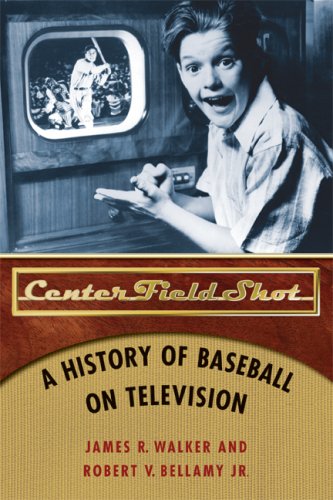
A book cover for Center Field Shot: A History of Baseball on Television; James R. Walker; Sports & Outdoors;